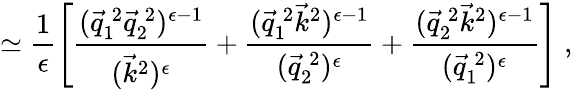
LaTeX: \simeq\frac{1}{\epsilon}\left[\frac{(\vec{q}_{1}^{\: 2}\vec{q}_{2}^{\: 2})^{\epsilon-1}}{(\vec{k}^{2})^{\epsilon}}+\frac{(\vec{q}_{1}^{\: 2}\vec{k}^{2})^{\epsilon-1}}{(\vec{q}_{2}^{\: 2})^{\epsilon}}+\frac{(\vec{q}_{2}^{\: 2}\vec{k}^{2})^{\epsilon-1}}{(\vec{q}_{1}^{\: 2})^{\epsilon}}\right]\; ,